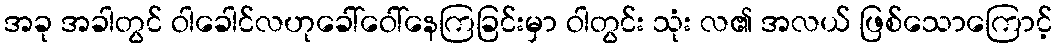
အခု အခါတွင် ဝါခေါင်လဟုခေါ်ဝေါ်နေကြခြင်းမှာ ဝါတွင်း သုံး လ၏ အလယ် ဖြစ်သောကြောင့်